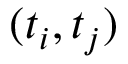
( t _ { i } , t _ { j } )